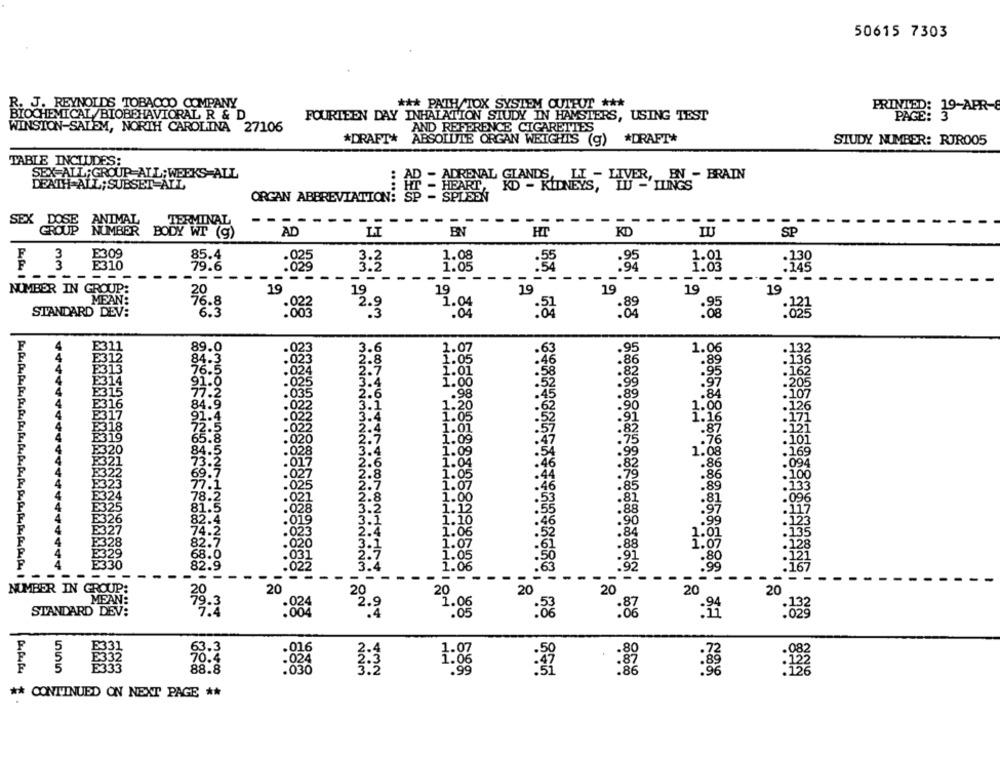
50615 7303
J. REYNOLDS TOBACCO COMPANY
*** PATH/TOX SYSTEM QUIFUT ***
PRINTED: 39-APR-8
BIOCHEMICAL/BIOBEHAVIORAL R & D
FOURTEEN DAY INHALATION STUDY IN HAMSTERS, USING TEST
PAGE
WINSTON-SALEM, NORTH CAROLINA 27106
AND REFERENCE CIGARETTES
*DRAFT* ABSOLUTE ORGAN WEIGHTS (g) *DRAFT*
STUDY NUMBER: RIR005
TABLE INCLUDES:
SEX-ALL; GROUP ALL; WEEKS ALL
- ADRENAL GLANDS, LT - LIVER, EN - BRAIN
DEATH ALL; SUBSET ALL
....
"LU -'LLINGS
HEART
ORGAN ABBREVIATION! SE
WO UN FI
SEX
---
LOSE ANIMAL
TERMINAL
NUMBER
BODY WI (9)
AD
EN
HT
KD
SP
E309
E310
79.6
:835 3:3
1.85
1:88
-- - - -
-
NUMBER IN GROUP:
20
19
19
19
19
19
MEAN:
76.8
1.04
STANDARD DEV:
6.3
: 03
:82
:823
E311
89.0
.6
07
63
,95
1.06
.132
86
.89
313
82
1.0
99
:97
E315
98
89
.84
16
E
90
1.00
E317
.52
.91
1.16
MANMAMME
F318
.87
E319
.7
E320
1.08
F321
.86
E322
.86
E323
89
E324
·81
E325
E326
1.10
.46
E327
:52
E328
4
E329
.80
4
E330
- --
- -
-
NUMBER IN GROUP:
20
20
20
20
MEAN:
STANDARD DEV:
39.3
:004
1.00
: 87
:823
63.3
555
:89
88.8
NOM
** CONTINUED ON NEXT PAGE **